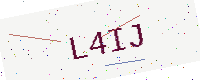
Text: L4IJ